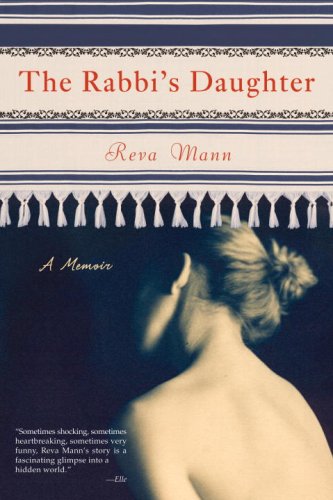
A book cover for The Rabbi's Daughter; Reva Mann; Religion & Spirituality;